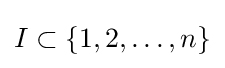
I\subset \{1,2,\dots ,n\}